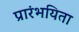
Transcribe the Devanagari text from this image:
प्रारंभयिता